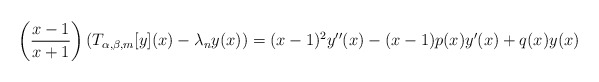
\begin{align*}\left(\frac{x-1}{x+1}\right)\left(T_{\alpha,\beta, m}[y](x)-\lambda_n y(x)\right)=(x-1)^2y''(x)-(x-1)p(x)y'(x)+q(x)y(x)\end{align*}